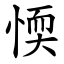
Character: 愞